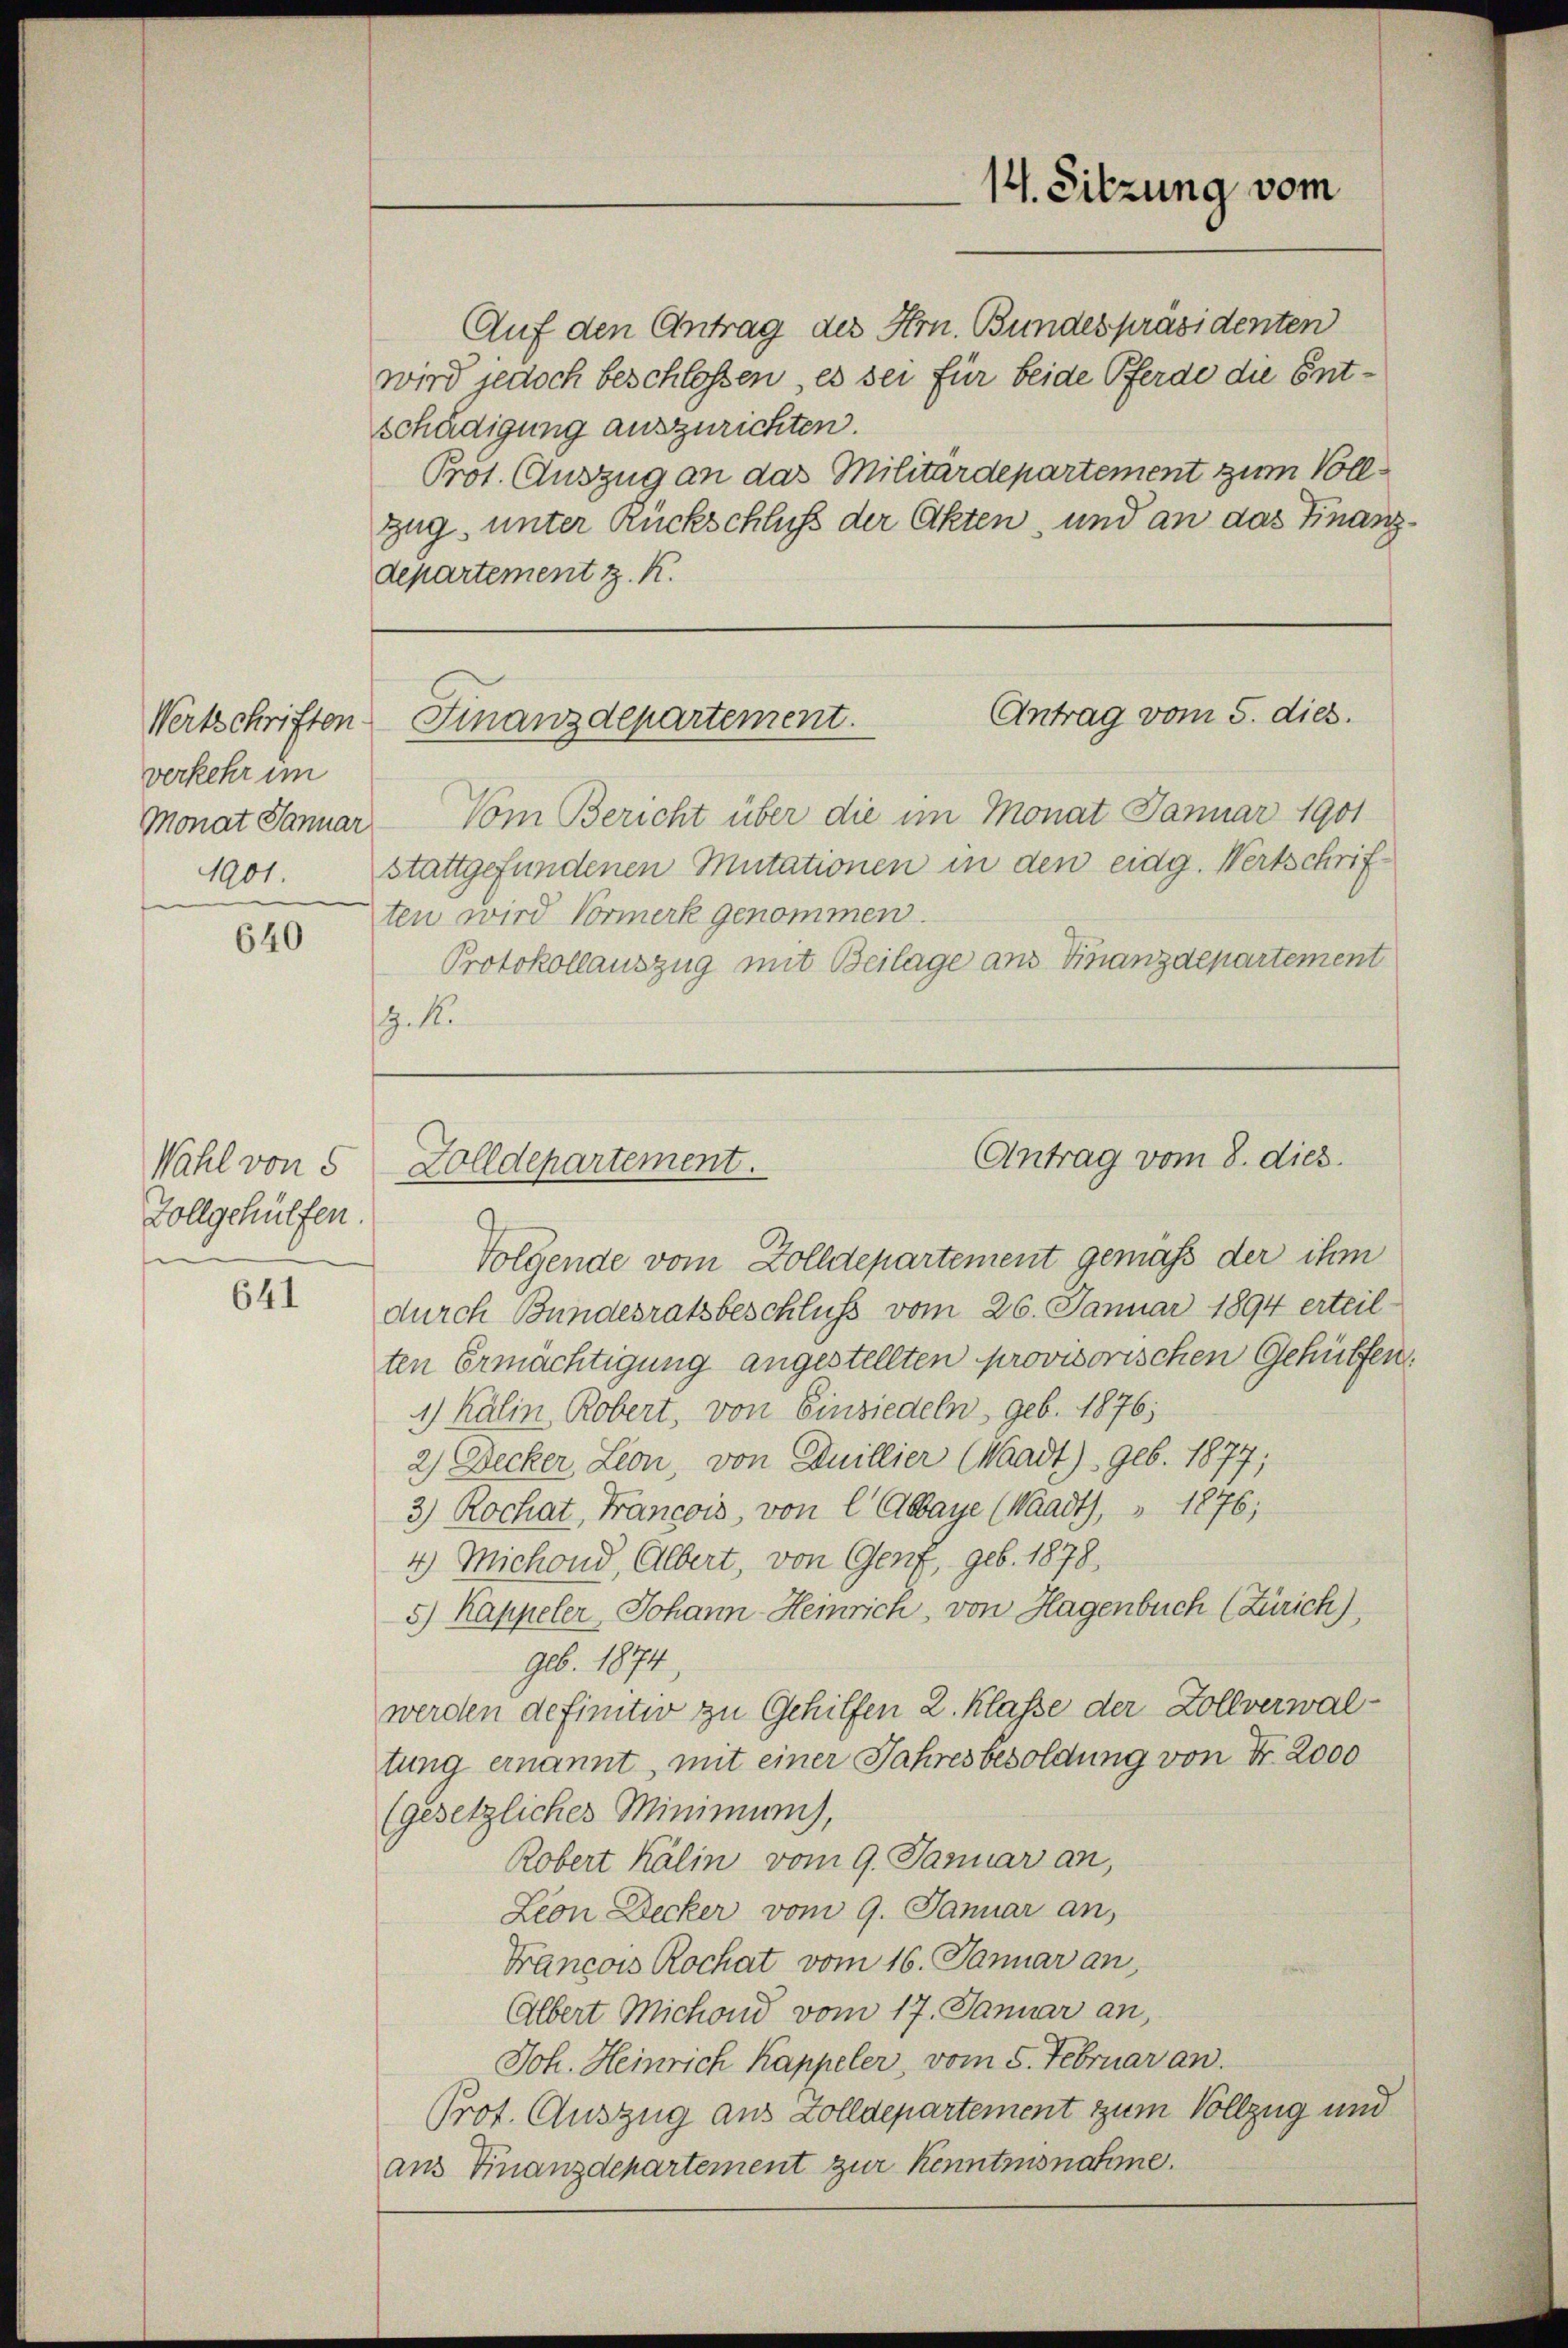
Wertschriften.
verkehr im
1801.

640

Wahl von 5
Vollgehülfen.

641

Auf den Antrag des Hrn. Bundespräsidenten
wird jedoch beschlossen, es sei für beide Pferde die Entschädigung auszurichten.
Pros. Auszug an das Militärdepartement zum Vollzug, unter Rückschluß der Akten, und an das Finanzdepartement z. K.

14. Sitzung vom

Antrag vom 5. dies.
Finanzdepartement.

Antrag vom 8. dies.
Golldepartement.

Monat Januar. Vom Bericht über die im Monat Januar 1901
stattgefundenen Mutationen in den eidg. Wertschriften wird Vormerk genommen.
Protokollauszug mit Beilage aus Finanzdepartement
.1.

Folgende vom Zolldepartement gemäß der ihm
durch Bundesratsbeschluss vom 26. Januar 1894 erteil-
ten Ermächtigung angestellten provisorischen Gehülfen.
1) Kälin, Robert, von Einsiedeln, geb. 1876;
2) Decker Leon, von Duillier (Waadt) geb. 1877;
3) Rochat, Francois, von l’Abbaye (Waadt, " 1876;
4) Michond, Albert, von Genf, geb. 1878.
5) Kappeler, Johann-Heinrich, von Hagenbuch (Zürich),
geb. 1874.
werden definitiv zu Gehilfen 2. Klasse der Zollverwaltung ernannt, mit einer Jahresbesoldung von Fr. 2000
(gesetzliches Minimum,
Robert Kälin vom 9. Januar an,
Lion Decker vom 9. Januar an,
Francois Rochat vom 16. Januar an,
Albert Michond vom 17. Januar an,
Joh. Heinrich Kappeler, vom 5. Februar an.
Prot. Auszug aus Zolldepartement zum Vollzug und
aus Finanzdepartement zur Kenntnisnahme.